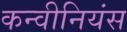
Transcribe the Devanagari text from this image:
कन्वीनियंस